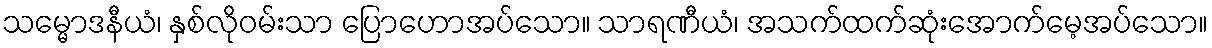
သမ္မောဒနီယံ၊ နှစ်လိုဝမ်းသာ ပြောဟောအပ်သော။ သာရဏီယံ၊ အသက်ထက်ဆုံးအောက်မေ့အပ်သော။